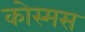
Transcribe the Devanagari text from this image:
कोस्मस